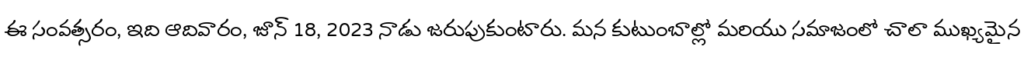
ఈ సంవత్సరం, ఇది ఆదివారం, జూన్ 18, 2023 నాడు జరుపుకుంటారు. మన కుటుంబాల్లో మరియు సమాజంలో చాలా ముఖ్యమైన